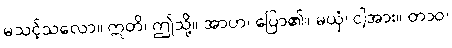
မသင့်သလော။ ဣတိ၊ ဤသို့။ အာဟ၊ ပြော၏။ မယှံ၊ ငါ့အား။ တာဝ၊